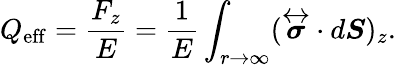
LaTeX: Q_{\mathrm{eff}}=\frac{F_{z}}{E}=\frac{1}{E}\int_{r\to\infty}(\overleftrightarrow{\boldsymbol{\sigma}}\cdot d\boldsymbol{S})_{z}.